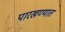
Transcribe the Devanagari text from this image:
पारखण्यात